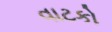
વાટકો